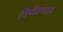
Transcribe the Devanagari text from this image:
निपीतगरलं